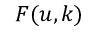
F ( u , k )